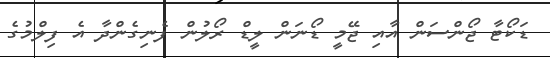
ޑަކޯޓާ ޖޯންސަން އާއި ޖޭމީ ޑޯނަން ލީޑް ރޯލުން ފެނިގެންދާ އެ ފިލްމުގެ